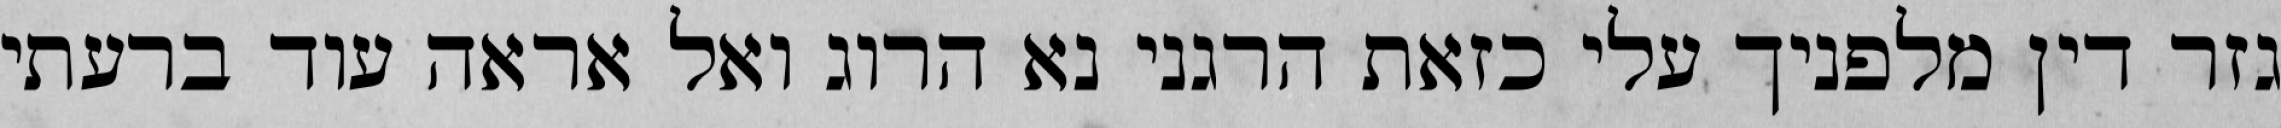
גזר דין מלפניך עלי כזאת הרגני נא הרוג ואל אראה עוד ברעתי